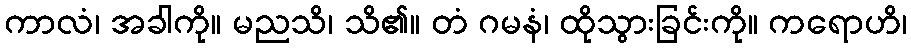
ကာလံ၊ အခါကို။ မညသိ၊ သိ၏။ တံ ဂမနံ၊ ထိုသွားခြင်းကို။ ကရောဟိ၊